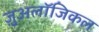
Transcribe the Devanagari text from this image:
ज़ुअलॉजिकल